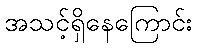
အသင့်ရှိနေကြောင်း